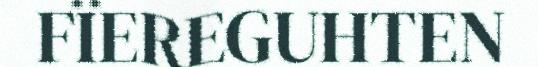
FÏEREGUHTEN